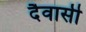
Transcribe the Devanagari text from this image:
दैवासी